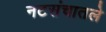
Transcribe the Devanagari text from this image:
नटसंचातले